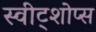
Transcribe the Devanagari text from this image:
स्वीट्शोप्स